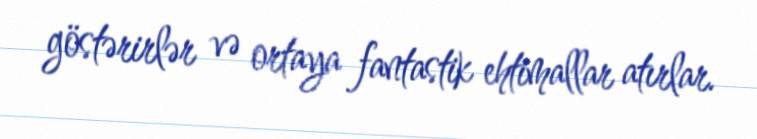
göstərirlər və ortaya fantastik ehtimallar atırlar.